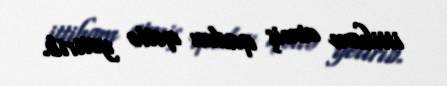
ittiham etmiş qadını qətlə yetirib.